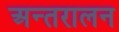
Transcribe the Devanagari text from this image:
अन्तरालन